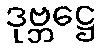
ဒုဗ္ဘဋ္ဌေ